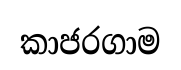
කාජරගාම